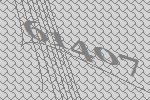
61407